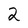
Character: 2